Report of the Indian Hemp Drugs Commission, 1894-1895 - Volume VI
Year: 1894
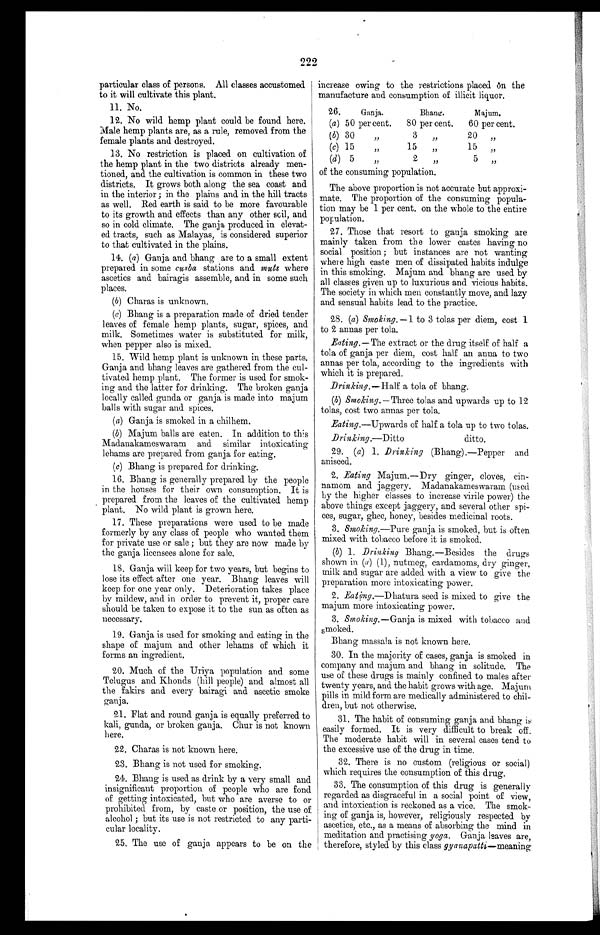
222
particular class of persons. All classes accustomed
to it will cultivate this plant.
11. No.
12. No wild hemp plant could be found here.
Male hemp plants are, as a rule, removed from the
female plants and destroyed.
13. No restriction is placed on cultivation of
the hemp plant in the two districts already men-
tioned, and the cultivation is common in these two
districts. It grows both along the sea coast and
in the interior ; in the plains and in the hill tracts
as well. Red earth is said to be more favourable
to its growth and effects than any other soil, and
so in cold climate. The ganja produced in elevat--
ed tracts, such as Malayas,is considered superior
to that cultivated in the plains.
14. (a) Ganja and bhang are to a small extent
prepared in some cusba stations and muts where
ascetics and bairagis assemble, and in some such
places.
(b) Charas is unknown.
(c) Bhang is a preparation made of dried tender
leaves of female hemp plants, sugar, spices, and
milk. Sometimes water is substituted for milk,
when pepper also is mixed.
15. Wild hemp plant is unknown in these parts.
Ganja and bhang leaves are gathered from the cul-
tivated hemp plant. The former is used for smok-
ing and the latter for drinking. The broken ganja
locally called gunda or ganja is made into majum
balls with sugar and spices.
(a) Ganja is smoked in a chilhem.
(b) Majum balls are eaten. In addition to this
Madanakameswaram and similar intoxicating
lehams are prepared from ganja for eating.
(c) Bhang is prepared for drinking.
16. Bhang is generally prepared by the people
in the houses for their own consumption. It is
prepared from the leaves of the cultivated hemp
plant. No wild plant is grown here.
17. These preparations were used to be made
formerly by any class of people who wanted them
for private use or sale ; but they are now made by
the ganja licensees alone for sale.
18. Ganja will keep for two years, but begins to
lose its effect after one year. Bhang leaves will
keep for one year only. Deterioration takes place
b y m i l d e w , a n d i n o r d e r t o p r e v e n t i t , p r o p e r c a r e
should be taken to expose it to the sun as often as
necessary.
19. Ganja is used for smoking and eating in the
shape of majum and other lehams of which it
forms an ingredient.
20. Much of the Uriya population and some
Telugus and Khonds (hill people) and almost all
the fakirs and every bairagi and ascetic smoke
ganja.
21. Flat and round ganja is equally preferred to
kali, gunda, or broken ganja. Chur is not known
here.
22. Charas is not known here.
23. Bhang is not used for smoking.
24. Bhang is used as drink by a very small and
insignificant proportion of people who are fond
of getting intoxicated, but who are averse to or
prohibited from, by caste or position, the use of
alcohol ; but its use is not restricted to any parti-
cular locality.
25. The use of ganja appears to be on the
increase owing to the restrictions placed on the
manufacture and consumption of illicit liquor.
26.
Ganja.
(a) 50 per cent.
Bhang.
80 per cent.
Majum.
60 per cent.
(b) 30
,,
3 , ,
20, ,
(C) 15
,,
15
, ,
15 , ,
(d)
5
,,
2
, ,
5 , ,
of the consuming population.
The above proportion is not accurate but approxi-
mate. The proportion of the consuming popula-
t i on may be 1 per cent . on t he whol e t o t he ent i r e
population.
27. Those that resort to ganja smoking are
mainly taken from the lower castes having no
social position ; but instances are not wanting
where high caste men of dissipated habits indulge
in this smoking. Majum and bhang are used by
all classes given up to luxurious and vicious habits.
The society in which men constantly move, and lazy
and sensual habits lead to the practice.
28. (a) Smoking.- 1 to 3 tolas per diem, cost 1
to 2 annas per tola.
Eating.— The extract or the drug itself of half a
tola of ganja per diem, cost half an anna to two
annas per tola, according to the ingredients with
which it is prepared.
Drinking.— Half a tola of bhang.
(b) Smoking.— Three tolas and upwards up to 12
tolas, cost two annas per tola.
Eating .—Upwards of half a tola up to two tolas.
Drinking.—Ditto
ditto.
29. (a) 1. _Drinking (Bhang).—Pepper and
aniseed.
2. Eating Majum.—Dry ginger, cloves, cin-
namom and jaggery. Madanakameswaram (used
by the higher classes to increase virile power) the
above things except jaggery, and several other spi-
ces, sugar, ghee, honey, besides medicinal roots.
3. S MO king.—Pure ganja is smoked, but is often
mixed with tobacco before it is smoked.
( b ) 1 . D r i n k i n g
B h a n g . — B e s i d e s t h e d r u g s
shown in (a) (1), nutmeg, cardamoms, dry ginger,
milk and sugar are added with a view to give the
preparation more intoxicating power.
2. Eating.—Dhatura seed is mixed to give the
majum more intoxicating power.
3. Smoking.— Ganja is mixed with tobacco and
smoked.
Bhang massala is not known here.
30. In the majority of cases, ganja is smoked in
company and majum and bhang in solitude. The
use of these drugs is mainly confined to males after
twenty years, and the habit grows with age. Majum
pills in mild form are medically administered to chil-
dren, but not otherwise.
31. The habit of consuming ganja and bhang
easily formed. It is very difficult to break off.
The moderate habit will in several cases tend to
the excessive use of the drug in time.
32. There is no custom (religious or social)
which requires the consumption of this drug.
33. The consumption of this drug is generally
regarded as disgraceful in a social point of view,
and intoxication is reckoned as a vice. The smok-
ing of ganja is, however, religiously respected by
ascetics, etc., as a means of absorbing the mind in
meditation and practising yoga. Ganja leaves are,
therefore, styled by this class gyanapatti — meaning